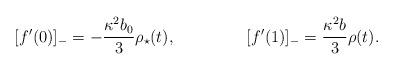
LaTeX: \begin{align*}[f^\prime(0)]_-=-{{\kappa^2b_0}\over{3}}\rho_\star(t),~~~~~~~~~~~~~[f^\prime(1)]_-={{\kappa^2b}\over{3}}\rho(t).\end{align*}